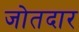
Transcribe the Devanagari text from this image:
जोतदार